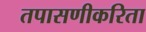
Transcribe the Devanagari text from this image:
तपासणीकरिता